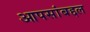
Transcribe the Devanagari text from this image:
आपसांबद्दल